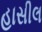
હાસીલ